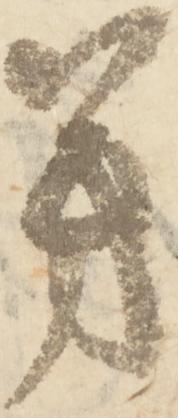
芳